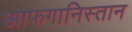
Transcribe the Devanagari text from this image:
आफगानिस्तान